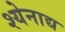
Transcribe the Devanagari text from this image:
श्येनाद्य